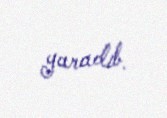
yaradıb.